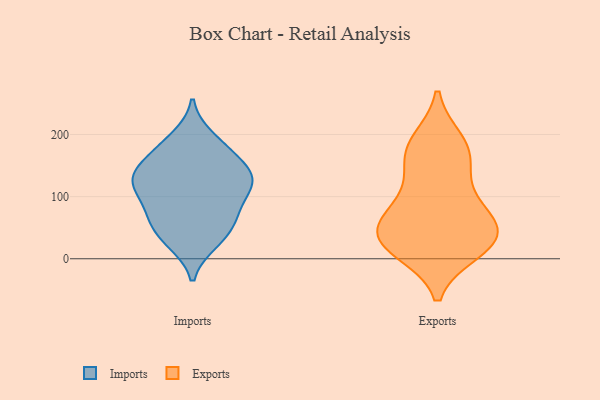
{"axis": {"x": "Gross Profit (USD K)", "y": "Value"}, "legend": ["Exports", "Imports"], "data": [{"x": "", "y": 174, "type": "Imports"}, {"x": "", "y": 111, "type": "Imports"}, {"x": "", "y": 128, "type": "Imports"}, {"x": "", "y": 33, "type": "Imports"}, {"x": "", "y": 74, "type": "Imports"}, {"x": "", "y": 104, "type": "Imports"}, {"x": "", "y": 135, "type": "Imports"}, {"x": "", "y": 26, "type": "Imports"}, {"x": "", "y": 195, "type": "Imports"}, {"x": "", "y": 69, "type": "Imports"}, {"x": "", "y": 130, "type": "Imports"}, {"x": "", "y": 135, "type": "Imports"}, {"x": "", "y": 58, "type": "Imports"}, {"x": "", "y": 166, "type": "Imports"}, {"x": "", "y": 42, "type": "Exports"}, {"x": "", "y": 189, "type": "Exports"}, {"x": "", "y": 184, "type": "Exports"}, {"x": "", "y": 84, "type": "Exports"}, {"x": "", "y": 157, "type": "Exports"}, {"x": "", "y": 28, "type": "Exports"}, {"x": "", "y": 13, "type": "Exports"}, {"x": "", "y": 41, "type": "Exports"}, {"x": "", "y": 161, "type": "Exports"}, {"x": "", "y": 17, "type": "Exports"}, {"x": "", "y": 61, "type": "Exports"}, {"x": "", "y": 111, "type": "Exports"}, {"x": "", "y": 27, "type": "Exports"}, {"x": "", "y": 67, "type": "Exports"}]}